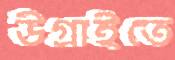
উগ্‌রাইতে